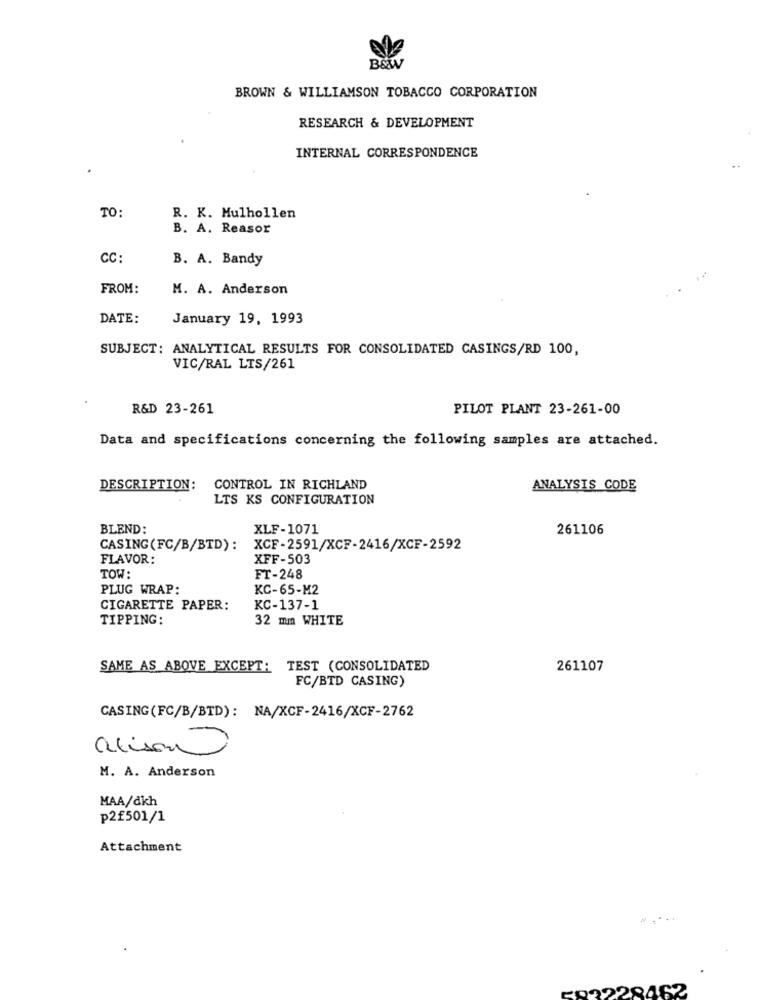
BROWN & WILLIAMSON TOBACCO CORPORATION
RESEARCH & DEVELOPMENT
INTERNAL CORRESPONDENCE
TO:
R. K. Mulhollen
B. A. Reasor
CC:
B. A. Bandy
FROM:
M. A. Anderson
DATE:
January 19, 1993
SUBJECT: ANALYTICAL RESULTS FOR CONSOLIDATED CASINGS/RD 100,
VIC/RAL LTS/261
R&D 23-261
PILOT PLANT 23-261-00
Data and specifications concerning the following samples are attached.
DESCRIPTION:
CONTROL IN RICHLAND
ANALYSIS CODE
LTS KS CONFIGURATION
BLEND:
XLF-1071
261106
CASING (FC/B/BTD):
XCF-2591/XCF-2416/XCF-2592
FLAVOR:
XFF-503
TOW:
FT-248
PLUG WRAP:
KC-65-M2
CIGARETTE PAPER:
KC-137-1
TIPPING:
32 mm WHITE
SAME AS ABOVE EXCEPT: TEST (CONSOLIDATED
261107
FC/BTD CASING)
CASING(FC/B/BTD): NA/XCF-2416/XCF-2762
alison
M. A. Anderson
MAA/dkh
p2£501/1
Attachment
ER3228462